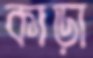
কাড়া